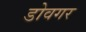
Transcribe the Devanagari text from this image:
डोवगर